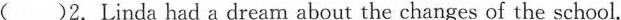
( )2.Linda had a dream about the changes of the school.